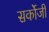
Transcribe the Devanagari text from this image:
सर्कोजी